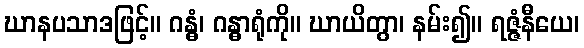
ဃာနပသာဒဖြင့်။ ဂန္ဓံ၊ ဂန္ဓာရုံကို။ ဃာယိတွာ၊ နမ်း၍။ ရဇ္ဇံနီယေ၊